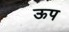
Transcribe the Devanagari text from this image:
ऊप